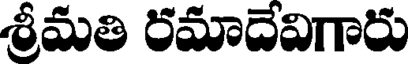
శ్రీమతి రమాదేవిగారు